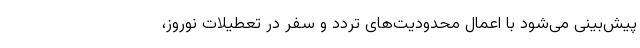
پیش‌بینی می‌شود با اعمال محدودیت‌های تردد و سفر در تعطیلات نوروز،